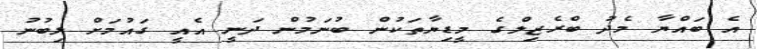
އެ ބައްޔާ މެދު ބްރެޒިލްގެ މީޑިޔާތަކުން ބުނަމުން ދަނީ އެއީ ގައުމަށް ލިބުނު